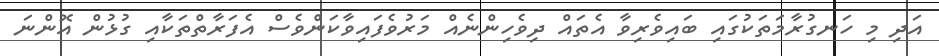
އަދި މި ހަނގުރާމަތަކުގައި ބައިވެރިވާ އެތައް ދިވެހިންނެއް މަރުވެފައިވާކަންވެސް އެފަރާތްތަކާއި ގުޅުން އޮންނަ